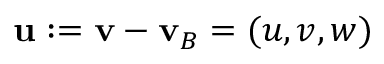
\mathbf { u } : = \mathbf { v } - \mathbf { v } _ { B } = ( u , v , w )